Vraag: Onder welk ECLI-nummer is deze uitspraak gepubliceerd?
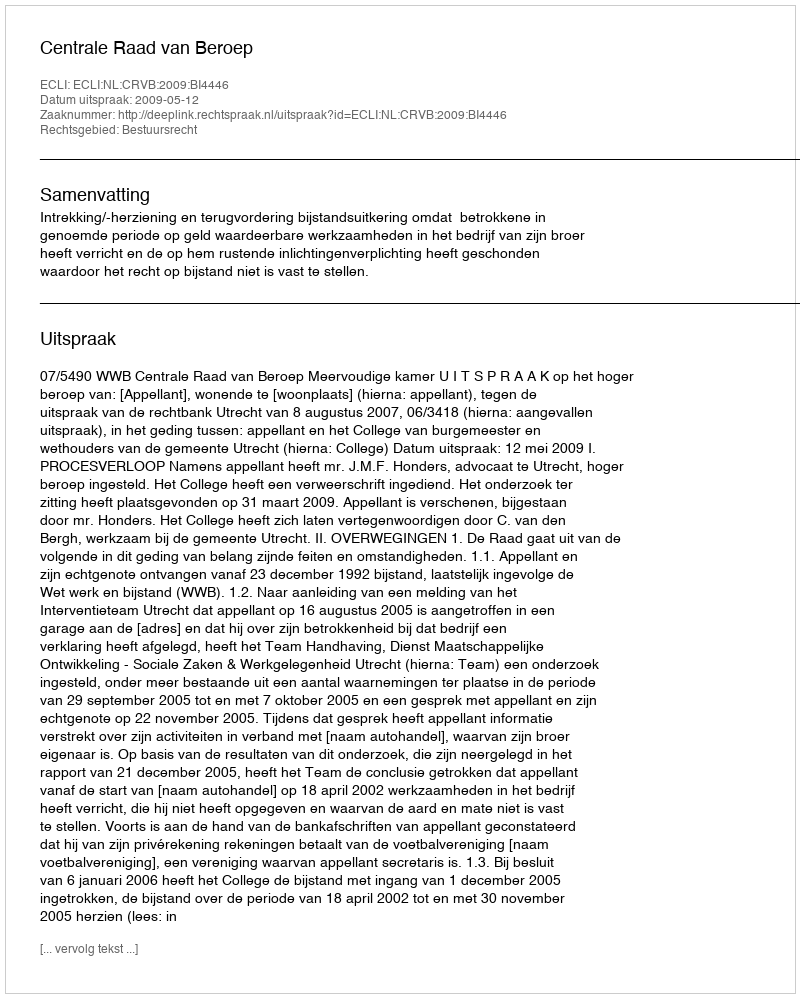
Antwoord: ECLI:NL:CRVB:2009:BI4446